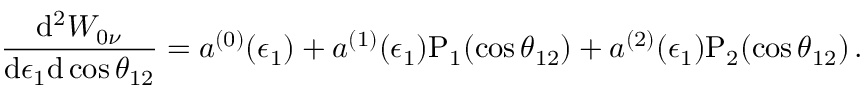
\frac { \mathrm { d } ^ { 2 } W _ { 0 \nu } } { \mathrm { d } \epsilon _ { 1 } \mathrm { d } \cos \theta _ { 1 2 } } = a ^ { ( 0 ) } ( \epsilon _ { 1 } ) + a ^ { ( 1 ) } ( \epsilon _ { 1 } ) \mathrm { P } _ { 1 } ( \cos \theta _ { 1 2 } ) + a ^ { ( 2 ) } ( \epsilon _ { 1 } ) \mathrm { P } _ { 2 } ( \cos \theta _ { 1 2 } ) \, .